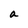
Character: a